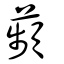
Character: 蘋